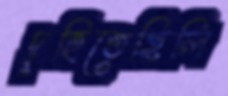
দুহিতেছিলি